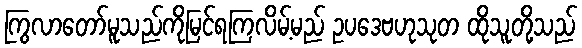
ကြွလာတော်မူသည်ကိုမြင်ရကြလိမ့်မည် ဥပဒေဗဟုသုတ ထိုသူတို့သည်